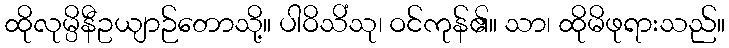
ထိုလုမ္ပိနီဥယျာဉ်တောသို့။ ပါဝိသိံသု၊ ဝင်ကုန်၏။ သာ၊ ထိုမိဖုရားသည်။